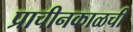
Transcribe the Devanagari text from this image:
प्राचीनकाळची